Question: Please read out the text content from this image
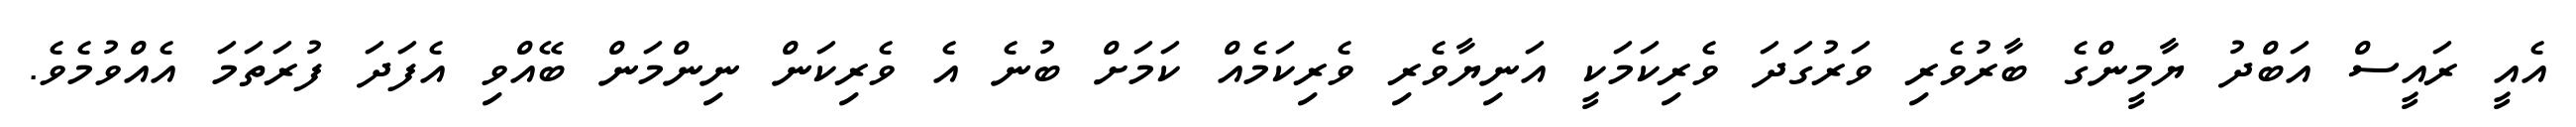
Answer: އެއީ ރައީސް އަބްދު ޔާމީންގެ ބާރުވެރި ވަރުގަދަ ވެރިކަމަކީ އަނިޔާވެރި ވެރިކަމެއް ކަމަށް ބުނެ އެ ވެރިކަން ނިންމަން ބޭއްވި އެފަދަ ފުރަތަމަ އެއްވުމެވެ.